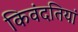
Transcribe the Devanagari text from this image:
किवंदतियां